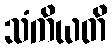
သံကိယတိ